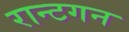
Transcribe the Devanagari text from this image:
रान्टगन